Vaccination in Burma 1889-1999 - 1889-1999
Year: 1889
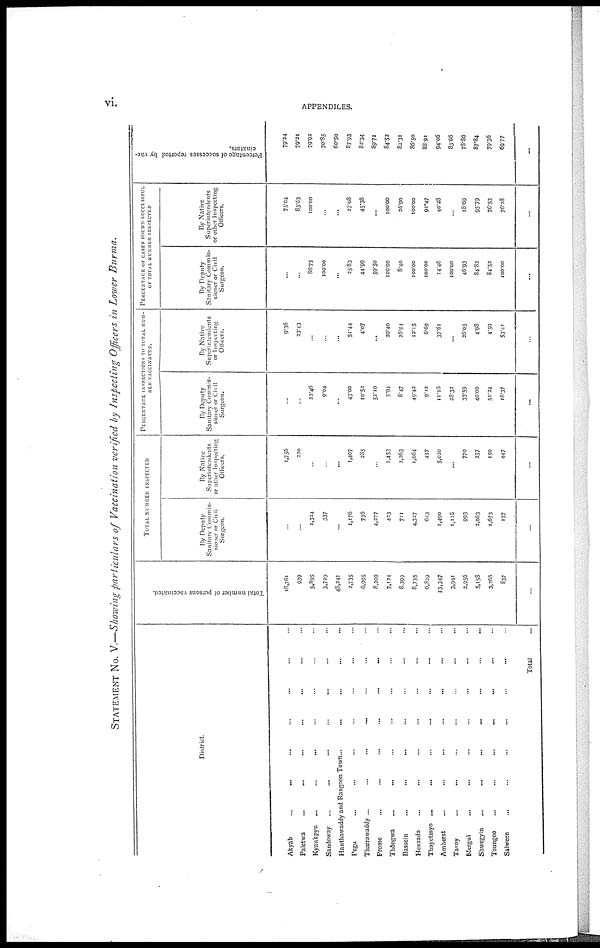
vi
APPENDICES.
STATEMENT No. V.—Showing particulars of Vaccination verified by Inspecting Officers in Lower Burma.
District.
Akyab... ... ... ... ...
Paletwa... ... ... ...
Kyaukpyu... ... ... ...
Sandoway... ... ... ...
Hanthawaddy and Rangoon Town...
Pegu... ... ... ... ...
Tharrawaddy...
...
...
...
Prome...
...
...
...
Thongwa... ... ... ...
Bassein...
...
...
...
...
Henzada... ... ... ... ...
Thayetmyo... ... ... ...
Amherst... ... ... ...
Tavoy... ... ... ...
Mergui... ... ... ...
Shwegyin... ... ... ...
Toungoo... ... ... ...
Salween... ... ...
Total...
Total number of persons vaccinated.
18,761
939
5,895
3,729
48,241
2,735
6,995
8,209
7,124
8,399
8,755
6,829
13,347
3,941
2,956
5,158
3,266
837
...
TOTAL NUMBER INSPECTED
By Deputy
Sanitary Commis-
sioner or Civil
Surgeon.
...
...
1,324
337
...
1,176
736
4,277
423
711
4,327
623
1,490
1,116
993
2,063
1,673
137
...
My Native
Superintendents
or other Inspecting
Officers.
1,756
220
...
...
...
1,407
285
...
1,453
2,263
1,064
457
5,020
...
770
257
150
447
...
PERCENTSGE INSPECTIONS TO TOTAL NUM-
--- VACCINATED.
By Deputy
Sanitary Commis.
sioner or Civil
Surgeon.
...
...
22.46
9.04
...
43.00
10.52
52.10
5.94
8.47
49.42
9.12
11.16
28.32
33.59
40.00
51.24
16.37
...
By Native
Superintendents
or Inspecting
Officers.
9.36
23.43
...
...
...
51.44
4.07
...
20.40
26.94
12.15
6.69
37.61
...
26.05
4.98
4.59
53.41
...
PERCENTAGE OF CASES FOUND SUCCESSFUL
OF TOTAL NUMBER INSPECTED
By Deputy
Sanitary Commis-
sioner or Civil
Surgeon.
...
...
86.75
100.00
...
25.83
44.99
59.50
100.00
8.40
100.00
100.00
14.46
100.00
46.93
84.82
84.52
100.00
...
By Native
Superintendents
or other Inspecting
Officers.
75.04
83.53
100.00
...
...
27.08
45.38
...
100.00
26.90
100.00
92.47
40.28
...
18.69
95.79
76.53
76.28
...
Percentage of successes reported by vac-
cinators.
79.24
79.21
79.92
70.85
60.50
87.93
82.34
89.71
84.52
82.31
86.50
88.91
94.06
83.66
78.86
87.84
79.36
69.77
...